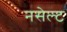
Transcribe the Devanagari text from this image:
नसेल्ट